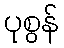
ပုစွန်